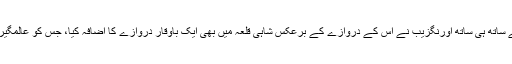
اس مسجد کے بننے کے ساتھ ہی ساتھ اورنگزیب نے اس کے دروازے کے برعکس شاہی قلعہ میں بھی ایک باوقار دروازے کا اضافہ کیا، جس کو عالمگیری دروازہ کہا جاتا ہے۔